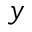
y